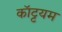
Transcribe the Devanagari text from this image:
कॉट्टयम